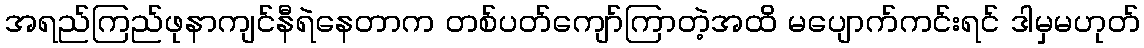
အရည်ကြည်ဖုနာကျင်နီရဲနေတာက တစ်ပတ်ကျော်ကြာတဲ့အထိ မပျောက်ကင်းရင် ဒါမှမဟုတ်